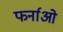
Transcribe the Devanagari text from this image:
फर्नाओ